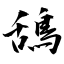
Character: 鴰